NAE_Eesti_seltside_protokollid_1900-1917, lk 3
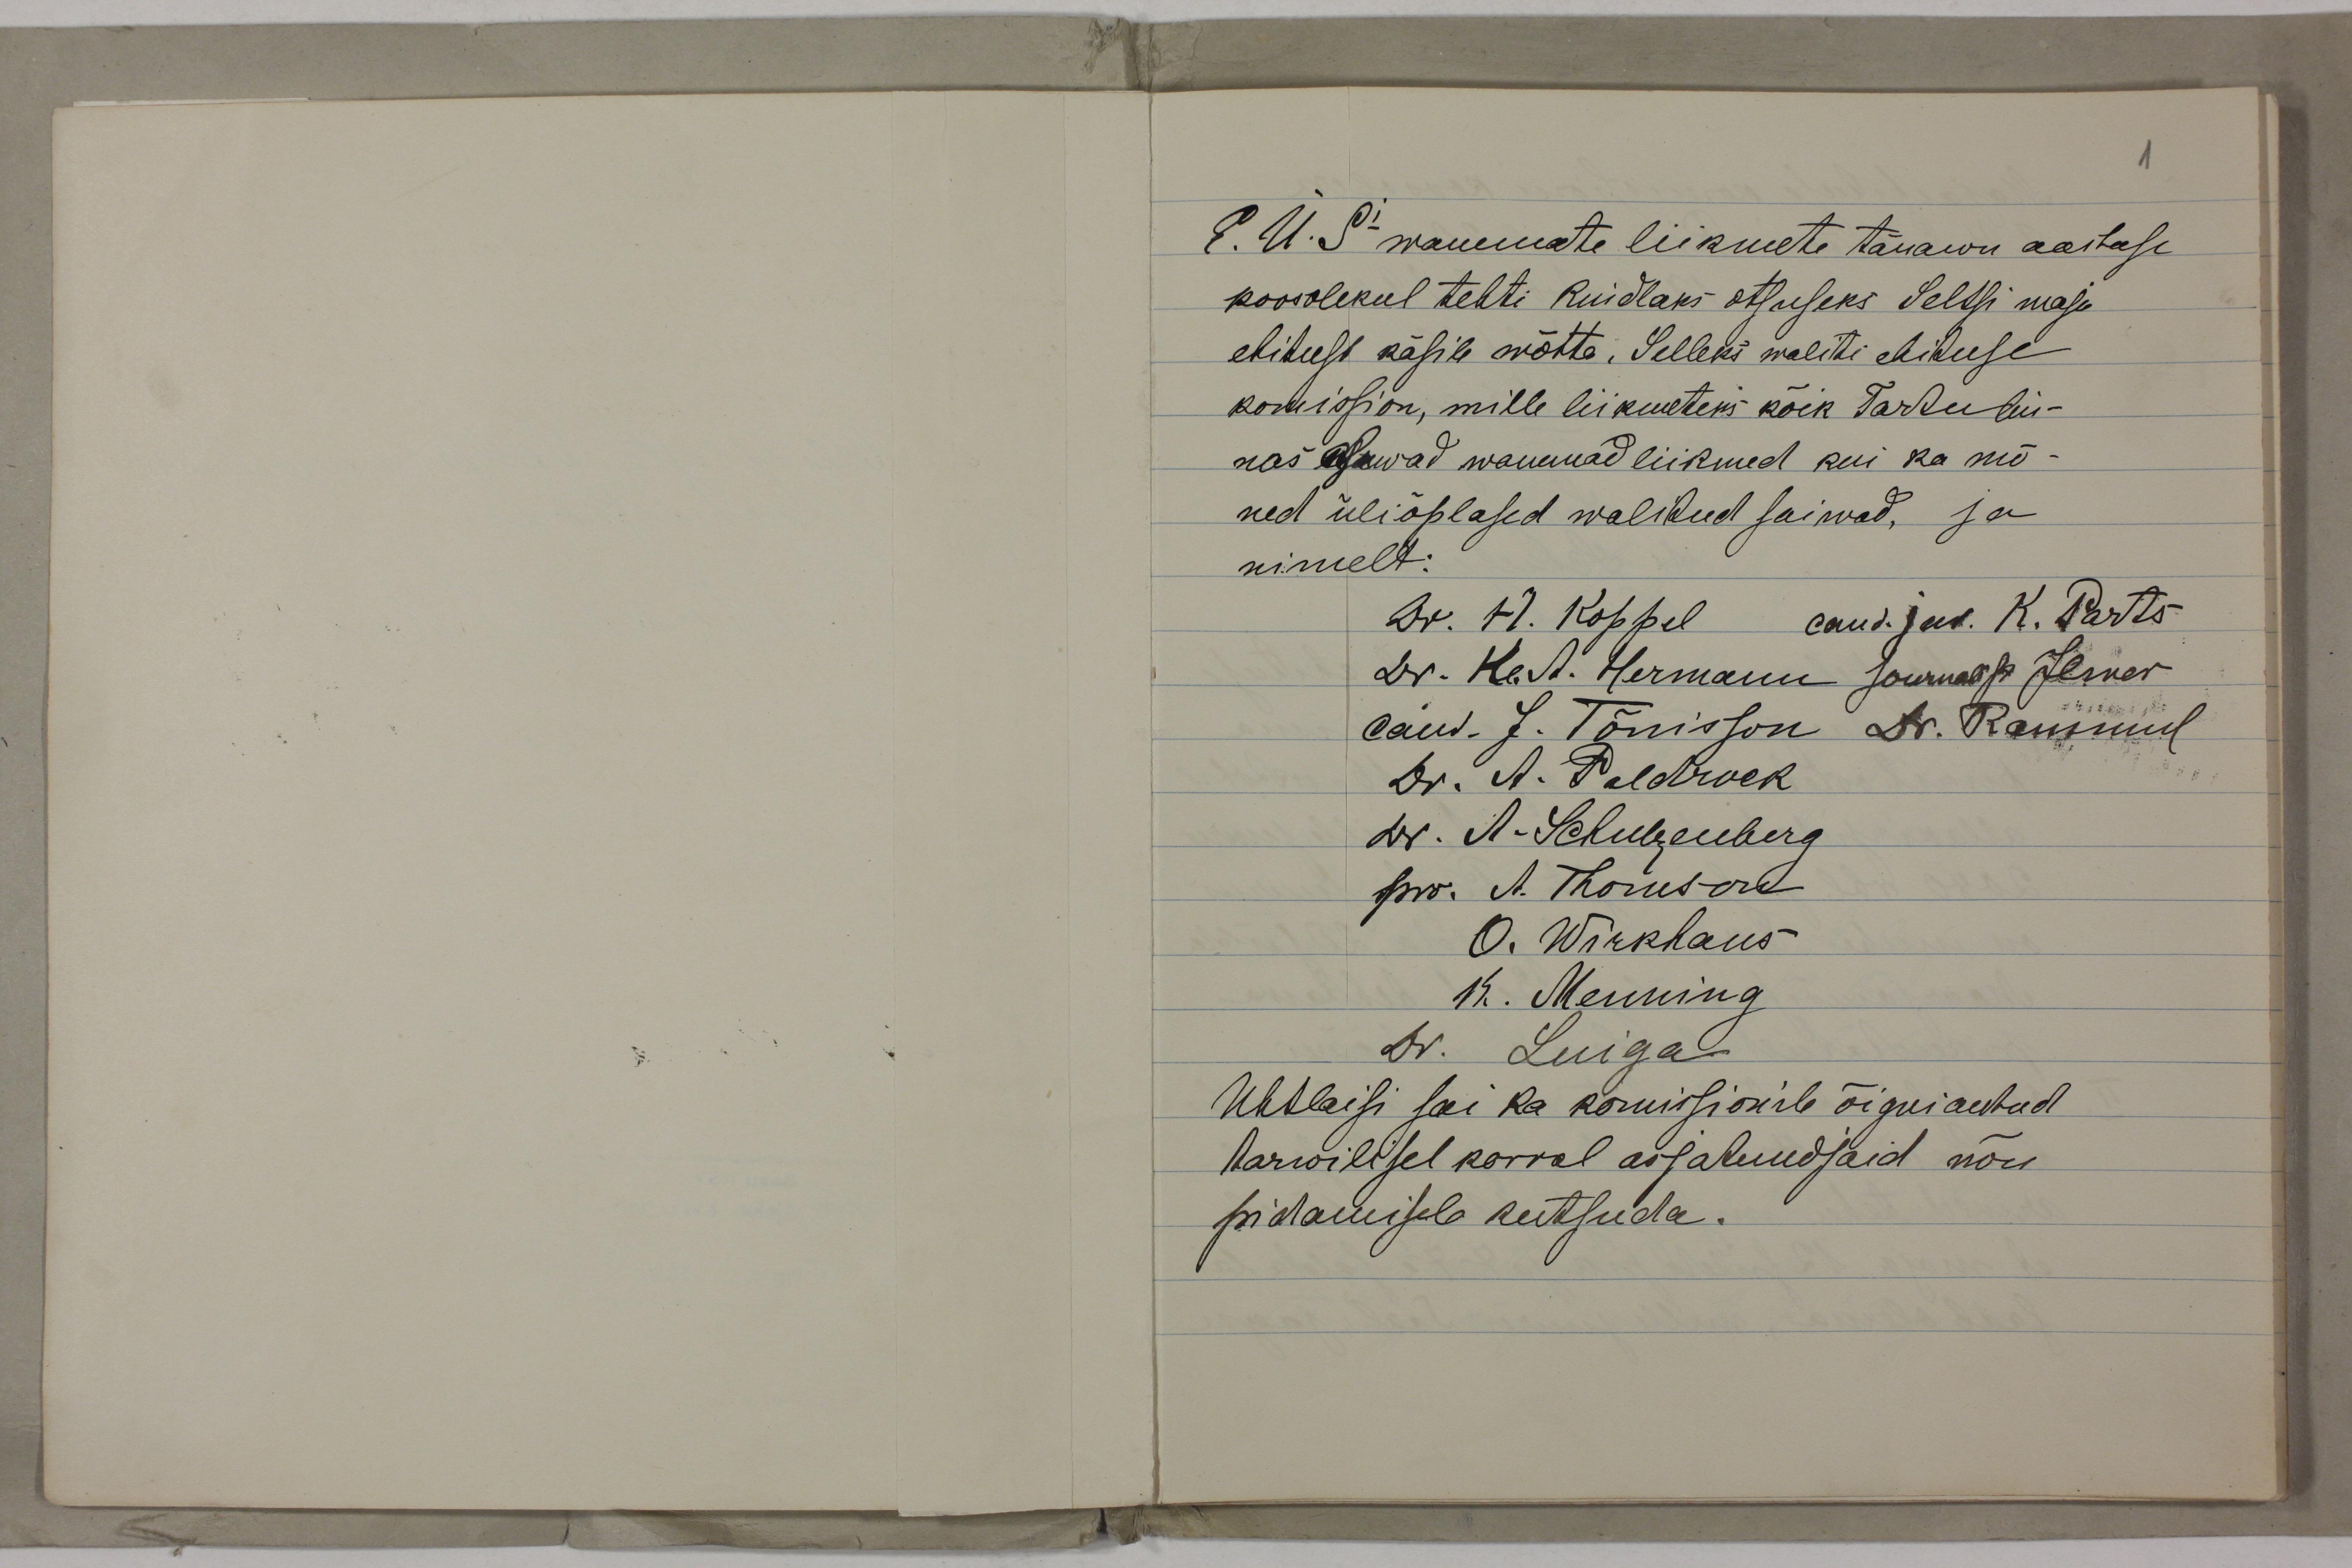
E. Ü. S wanemate liikmete tänawu aastase
koosolekul tehti kindlaks otsuseks Seltsi maja
ehitust käsile wõtta. Selleks waliti ehituse
komission, mille liikmeteks kõik Tartu lin-
nas asuwad wanemad liikmed kui ka mõ-
ned üliõpilased walitud saiwad, ja
nimelt:
Ühtlaisi sai ka kommissionile õigusi antud
tarwilisel korral asjatundjaid nõu
pidamisele kutsuda.